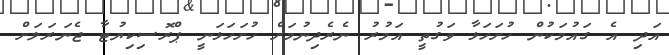
އަދި އެ ގައުމަކުން ހުށަހަޅާ ވަގުތީ އަމުރު ނެރެދިނުމަށް ހުށަހަޅަނީ ޕްރޮސިކިޔުޓާ ޖެނަރަލަށް